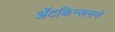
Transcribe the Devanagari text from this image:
ॲटकिन्सनने